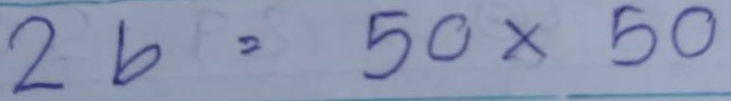
26 = 50 x 50